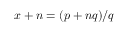
x + n = ( p + n q ) / q